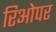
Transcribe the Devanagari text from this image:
रिओपर